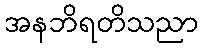
အနဘိရတိသညာ